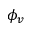
\phi _ { v }